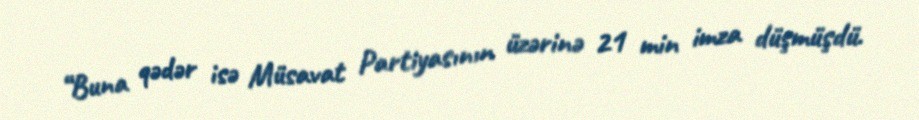
“Buna qədər isə Müsavat Partiyasının üzərinə 21 min imza düşmüşdü.